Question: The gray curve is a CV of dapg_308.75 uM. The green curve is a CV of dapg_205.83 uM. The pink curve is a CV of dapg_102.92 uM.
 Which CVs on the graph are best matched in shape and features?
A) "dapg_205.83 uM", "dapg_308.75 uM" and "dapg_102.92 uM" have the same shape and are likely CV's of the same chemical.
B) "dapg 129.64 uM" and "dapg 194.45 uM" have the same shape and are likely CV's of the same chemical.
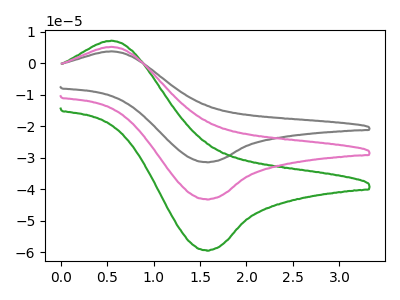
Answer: <think>The gray curve "dapg_308.75 uM" has an anodic peak at (0.55V, 10.45uA) and a cathodic peak at (1.55V, -86.35uA). The green curve "dapg_205.83 uM" has an anodic peak at (0.55V, 7.20uA) and a cathodic peak at (1.55V, -59.40uA). The pink curve "dapg_102.92 uM" has an anodic peak at (0.55V, 5.25uA) and a cathodic peak at (1.55V, -43.15uA).
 All the peaks in "dapg_308.75 uM" have a peak in "dapg_205.83 uM" at the same potential. Every peak in "dapg_308.75 uM" is higher than every peak in "dapg_205.83 uM". All the peaks in "dapg_308.75 uM" have a peak in "dapg_102.92 uM" at the same potential. Every peak in "dapg_308.75 uM" is higher than every peak in "dapg_102.92 uM". All the peaks in "dapg_205.83 uM" have a peak in "dapg_102.92 uM" at the same potential. Every peak in "dapg_205.83 uM" is higher than every peak in "dapg_102.92 uM".</think>
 <answer>A) "dapg_205.83 uM", "dapg_308.75 uM" and "dapg_102.92 uM" have the same shape and are likely CV's of the same chemical.</answer>
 <eval>A</eval>